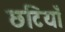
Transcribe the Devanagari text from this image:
छटियाँ